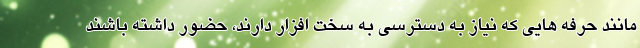
مانند حرفه هایی که نیاز به دسترسی به سخت افزار دارند، حضور داشته باشند